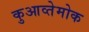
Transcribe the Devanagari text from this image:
कुआव्तेमोक